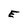
Character: E